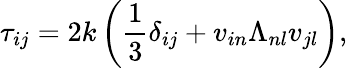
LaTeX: \tau_{ij}=2k\left(\frac{1}{3}\delta_{ij}+v_{in}\Lambda_{nl}v_{jl}\right),